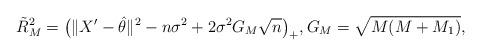
LaTeX: \begin{align*}\tilde{R}^2_M=\big(\|X'-\hat{\theta}\|^2-n\sigma^2 +2\sigma^2G_M\sqrt{n}\big)_+, G_M=\sqrt{M(M+M_1)},\end{align*}